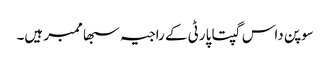
سوپن داس گپتا پارٹی کے راجیہ سبھا ممبر ہیں۔